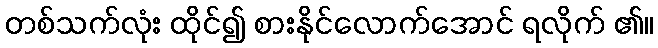
တစ်သက်လုံး ထိုင်၍ စားနိုင်လောက်အောင် ရလိုက် ၏။